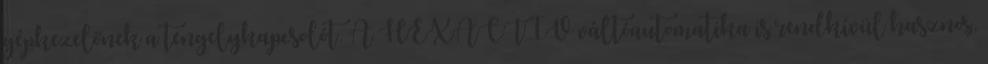
gépkezelőnek a tengelykapcsolót. A HEXACTIV váltóautomatika is rendkívül hasznos,